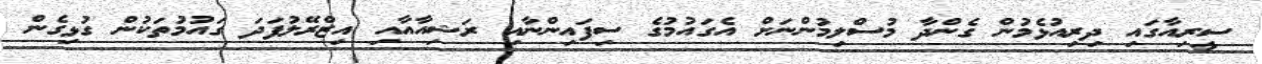
ސީރިއާގައި ދިރިއުޅެމުން ގެންދާ މުސްލިމުންނަށް އެގައުމުގެ ސިފައިންނާއި ރަޝިއާއާއި އިޒްރޭލުފަދަ ގައުމުތަކުން ގުޅިގެން